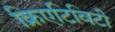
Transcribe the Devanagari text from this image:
क्रिएटिविटी